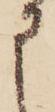
申